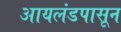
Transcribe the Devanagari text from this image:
आयलंडपासून